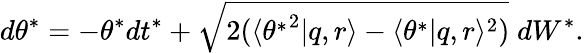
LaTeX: d\theta^{*}=-\theta^{*}dt^{*}+\sqrt{2(\langle{\theta^{*}}^{2}|q,r\rangle-\langle\theta^{*}|q,r\rangle^{2})}\; dW^{*}.